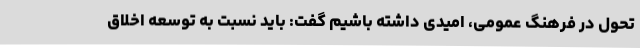
تحول در فرهنگ عمومی، امیدی داشته باشیم گفت: باید نسبت به توسعه اخلاق